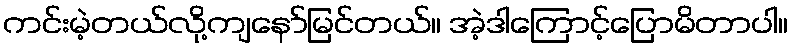
ကင်းမဲ့တယ်လို့ကျနော်မြင်တယ်။ အဲ့ဒါကြောင့်ပြောမိတာပါ။